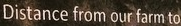
Distance from our fram to